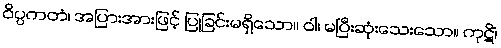
ဝိပ္ပကတံ၊ အပြားအားဖြင့် ပြုခြင်းမရှိသော။ ဝါ၊ မပြီးဆုံးသေးသော။ ကုဋိံ၊